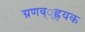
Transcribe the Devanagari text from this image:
ग्रणव््ह्रयक